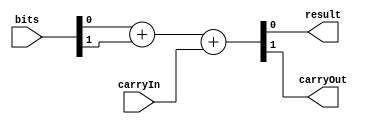
module Full_Adder(
	// Bits de entrada
	input[1:0] bits,
	// Bit de carryIn
	input carryIn,
	// Salida
	output reg result, carryOut
);
// Detecta el cambio en cualquier variable
always @*
begin
	// Usamos la concatenacion para representar carryOut y result,
	// permientiendo un asignacion directa
	{carryOut, result} = bits[0]+bits[1] +carryIn;
end 
endmodule